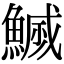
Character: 𮬇